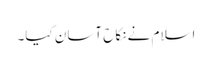
اسلام نے نکاح آسان کیا۔